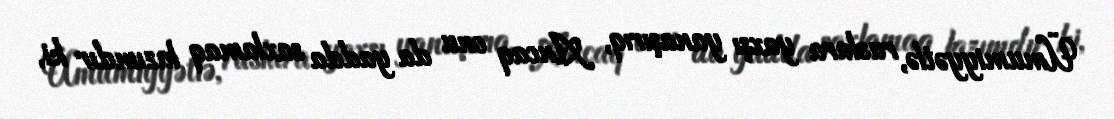
Ümumiyyətlə, ruslara yaxşı yanaşırıq, Ancaq onu da yadda saxlamaq lazımdır ki,